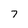
Character: 7